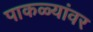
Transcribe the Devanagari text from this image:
पाकळ्यांवर